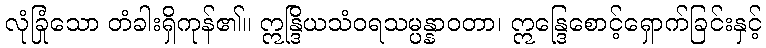
လုံခြုံသော တံခါးရှိကုန်၏။ ဣန္ဒြိယသံဝရသမ္ပန္နာဝတာ၊ ဣန္ဒြေစောင့်ရှောက်ခြင်းနှင့်